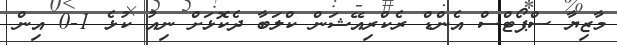
މާޒިޔާ ސްޕޯޓްސް އެންޑް ރެކްރިއޭޝަން ކްލަބާ ދެކޮޅަށް ނިއު ކުޅެ 1-0 އިން